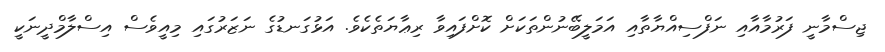
ޖިސްމާނީ ފަރުމާއާއި ނަފްސިއްޔާތާއި އަމަލީބޭނުންތަކަށް ކޮށްފައިވާ ރިޢާޔަތެކެވެ. އަޅުގަނޑުގެ ނަޒަރުގައި މިއީވެސް އިސްލާމްދީނަކީ